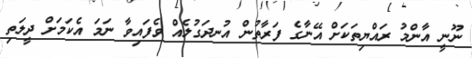
ނޫނީ އާންމު ރައްޔިތަކަށް އޭނާގެ ފަރާތުން އުނދަގުލެއް ވެފައިވާ ނަމަ އެކަމަށް ދީލަތި